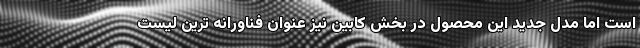
است اما مدل جدید این محصول در بخش کابین نیز عنوان فناورانه ترین لیست